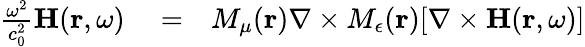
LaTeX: \begin{array}{rlr}{\frac{\omega^{2}}{c_{0}^{2}}{\mathbf H}({\mathbf r},\omega)}&{{}=}&{M_{\mu}({\mathbf r})\nabla\times M_{\epsilon}({\mathbf r})[\nabla\times{\mathbf H}({\mathbf r},\omega)]}\end{array}